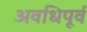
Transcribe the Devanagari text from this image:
अवधिपूर्व